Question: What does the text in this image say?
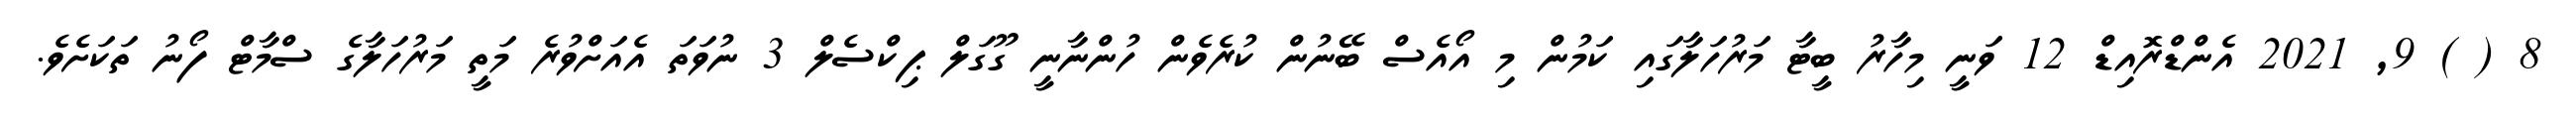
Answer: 8 ( ) 9, 2021 އެންޑްރޮއިޑް 12 ވަނީ މިހާރު ބީޓާ މަރުހަލާގައި ކަމުން މި އޯއެސް ބޭނުން ކުރެވެން ހުންނާނީ ގޫގަލް ޕިކްސެލް 3 ނުވަތަ އެއަށްވުރެ މަތީ މަރުހަލާގެ ސްމާޓް ފޯނު ތަކަށެވެ.